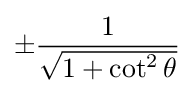
\pm {\frac {1}{\sqrt {1+\cot ^{2}\theta }}}